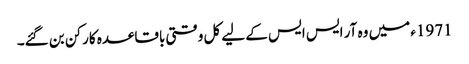
1971ء میں وہ آر ایس ایس کے لیے کل وقتی باقاعدہ کارکن بن گئے۔